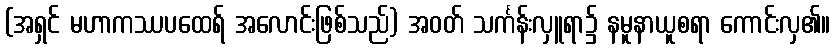
(အရှင် မဟာကဿပထေရ် အလောင်းဖြစ်သည်) အဝတ် သင်္ကန်းလှူရာ၌ နမူနာယူစရာ ကောင်းလှ၏။